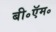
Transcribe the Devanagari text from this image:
बी॰ऍम॰